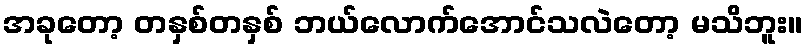
အခုတော့ တနှစ်တနှစ် ဘယ်လောက်အောင်သလဲတော့ မသိဘူး။